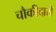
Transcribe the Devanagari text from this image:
चौकीदारो